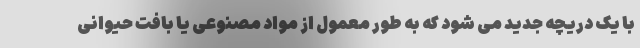
با یک دریچه جدید می شود که به طور معمول از مواد مصنوعی یا بافت حیوانی